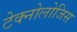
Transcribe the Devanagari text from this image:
टेक्नोलोजिस